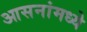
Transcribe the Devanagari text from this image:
आसनांमध्ये